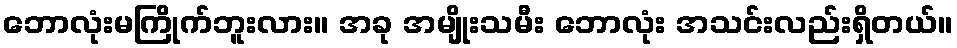
ဘောလုံးမကြိုက်ဘူးလား။ အခု အမျိုးသမီး ဘောလုံး အသင်းလည်းရှိတယ်။